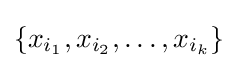
\{x_{i_{1}},x_{i_{2}},\ldots ,x_{i_{k}}\}